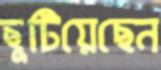
ছুটিয়েছেন